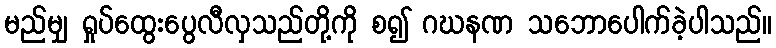
မည်မျှ ရှုပ်ထွေးပွေလီလှသည်တို့ကို စ၍ ဂဃနဏ သဘောပေါက်ခဲ့ပါသည်။